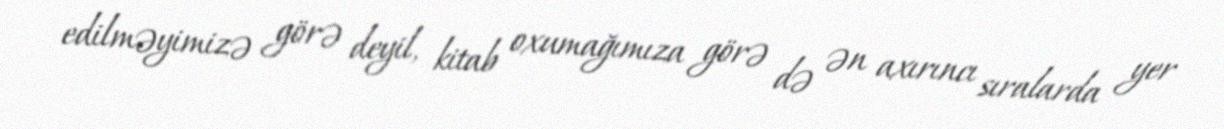
edilməyimizə görə deyil, kitab oxumağımıza görə də ən axırıncı sıralarda yer